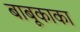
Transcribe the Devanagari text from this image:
बाबूकाका